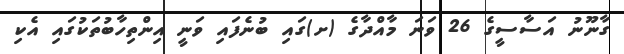
ގާނޫނު އަސާސީގެ 26 ވަނަ މާއްދާގެ (ށ)ގައި ބުނެފައި ވަނީ އިންތިހާބުތަކުގައި އެކި